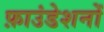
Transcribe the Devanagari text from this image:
फ़ाउंडेशनों